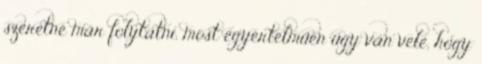
szeretné már folytatni, most egyértelműen úgy van vele, hogy